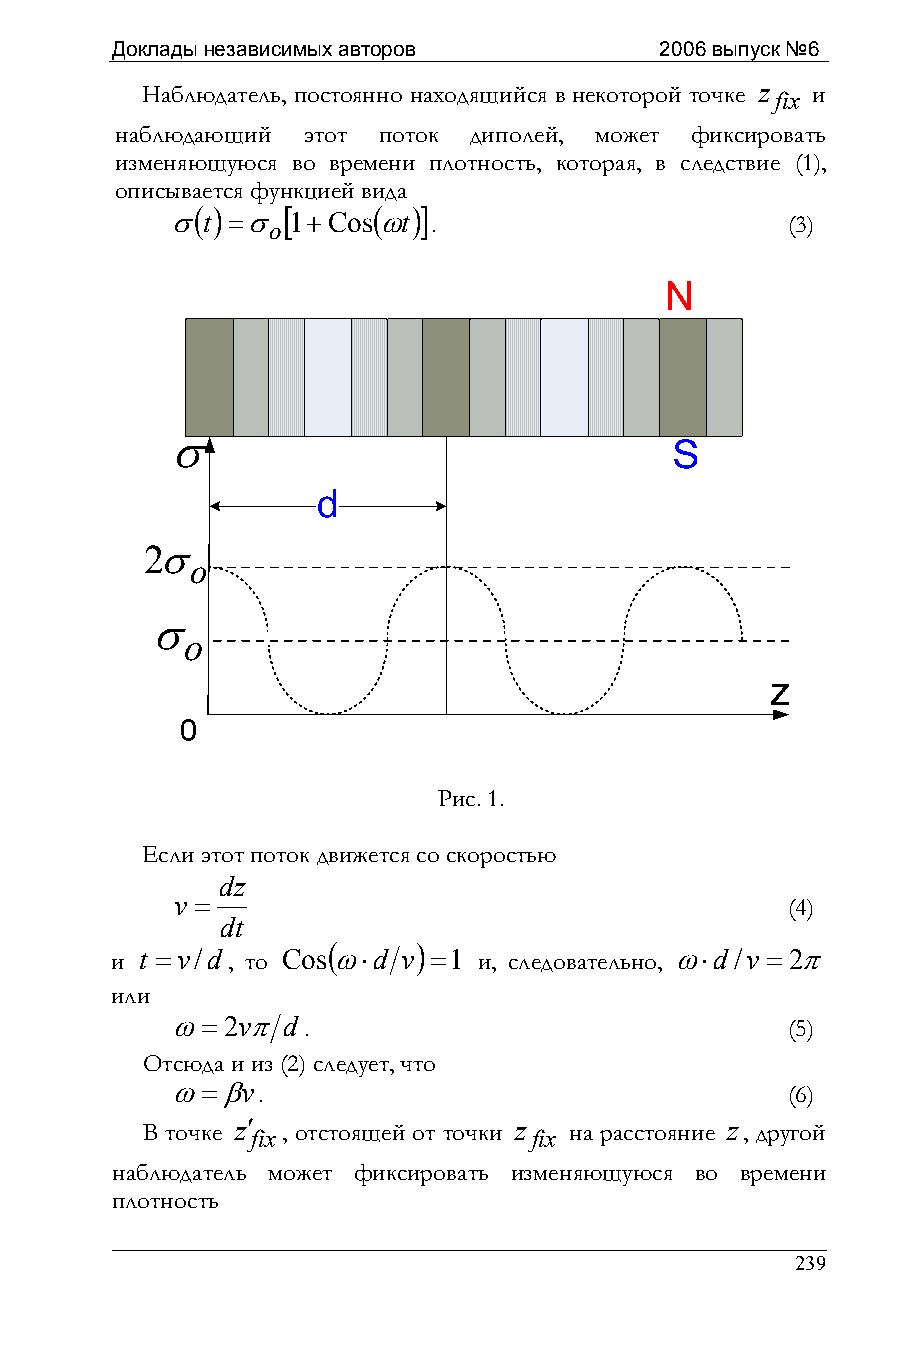
Доклады независимых авторов          2006 выпуск №6
 Наблюдатель, постоянно находящийся в некоторой точке z fix и
 наблюдающий этот поток диполей, может фиксировать
 изменяющуюся во времени плотность, которая, в следствие (1),
 описывается функцией вида
 ( )   [     ( )]
 σt  =σ o 1+Cosωt  .                      (3)
 σ
 2σ
 o
 σ
 o
 Рис. 1.
 Если этот поток движется со скоростью
 dz
 v =                                     (4)
 dt
 (    )
 и t = v/d, то Cosω⋅d v =1 и, следовательно, ω⋅d /v = 2π
 или
 ω=  2vπ d .                              (5)
 Отсюда и из (2) следует, что
 ω=βv.                                    (6)
 В точке z′ fix, отстоящей от точки z fix на расстояние z, другой
 наблюдатель может фиксировать изменяющуюся во времени
 плотность
 239